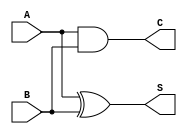
module half_adder (
    input wire A,     // First single-bit input
    input wire B,     // Second single-bit input
    output wire S,    // Sum output
    output wire C     // Carry output
);

// Logic for Sum (S) using XOR
assign S = A ^ B;

// Logic for Carry (C) using AND
assign C = A & B;

endmodule